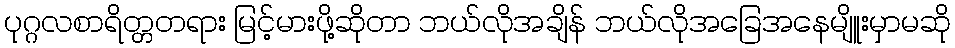
ပုဂ္ဂလစာရိတ္တတရား မြင့်မားဖို့ဆိုတာ ဘယ်လိုအချိန် ဘယ်လိုအခြေအနေမျိူးမှာမဆို